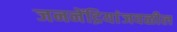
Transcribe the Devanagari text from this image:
जननेंद्रियांजवळील